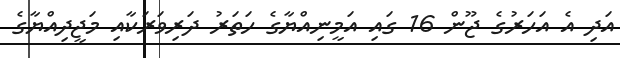
އަދި އެ އަހަރުގެ ޖޫން 16 ގައި އަމީނިއްޔާގެ ހަތަރު ދަރިވަރަކާއި މަޖީދިއްޔާގެ